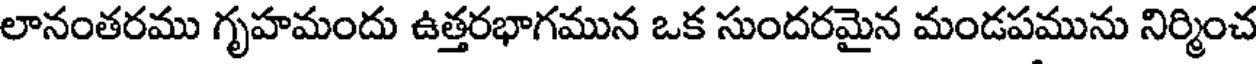
లానంతరము గృహమందు ఉత్తరభాగమున ఒక సుందరమైన మండపమును నిర్మించ